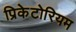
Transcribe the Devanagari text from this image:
प्रिकेटोरियम